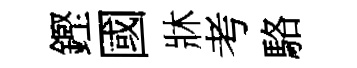
鏗國牀考駱